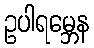
ဥပါရမ္ဘေန